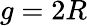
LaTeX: g=2R